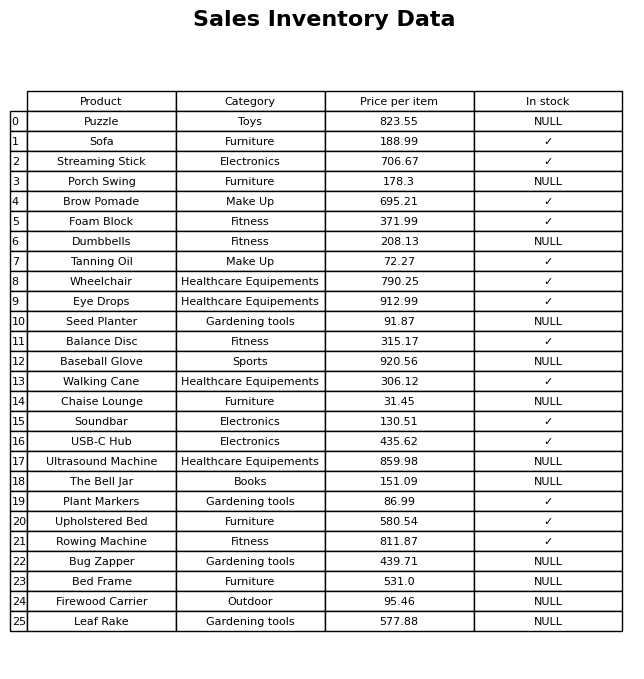
question: Is the Upholstered Bed in stock?
answer: ✓